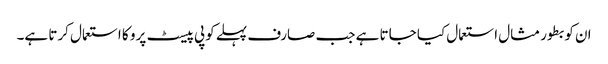
ان کو بطور مثال استعمال کیا جاتا ہے جب صارف پہلے کوپی پیسٹ پرو کا استعمال کرتا ہے۔